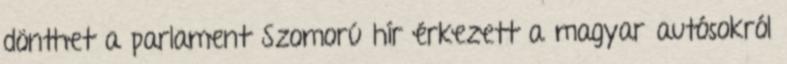
dönthet a parlament Szomorú hír érkezett a magyar autósokról